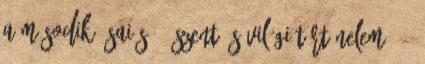
A második Ésaiás 8. Szent és világi történelem 10.